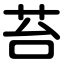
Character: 苔